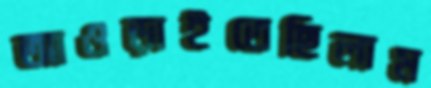
আওড়াইতেছিলাম